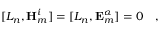
[ L _ { n } , \mathbf { H } _ { m } ^ { i } ] = [ L _ { n } , \mathbf { E } _ { m } ^ { \alpha } ] = 0 \quad ,